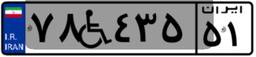
۷۸W۴۳۵۵۱